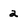
Character: 2